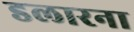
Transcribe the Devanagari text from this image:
डलारना